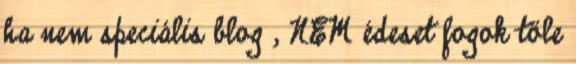
ha nem speciális blog , NEM édeset fogok tőle